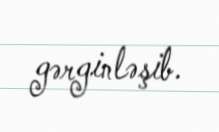
gərginləşib.